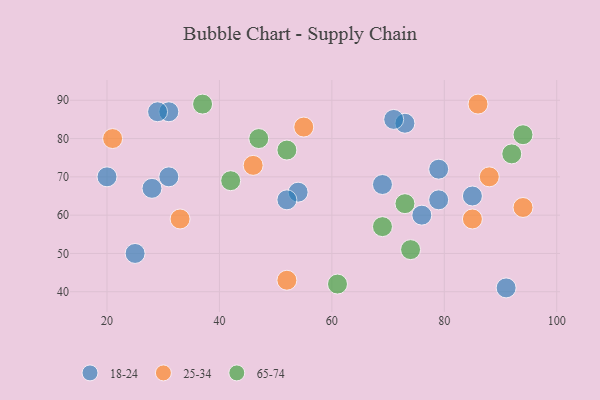
{"axis": {"x": "GDP", "y": "Life Expectancy"}, "legend": ["18-24", "25-34", "65-74"], "data": [{"x": "73", "y": 84, "type": "18-24"}, {"x": "25", "y": 50, "type": "18-24"}, {"x": "79", "y": 72, "type": "18-24"}, {"x": "76", "y": 60, "type": "18-24"}, {"x": "28", "y": 67, "type": "18-24"}, {"x": "79", "y": 64, "type": "18-24"}, {"x": "31", "y": 70, "type": "18-24"}, {"x": "31", "y": 87, "type": "18-24"}, {"x": "54", "y": 66, "type": "18-24"}, {"x": "29", "y": 87, "type": "18-24"}, {"x": "85", "y": 65, "type": "18-24"}, {"x": "69", "y": 68, "type": "18-24"}, {"x": "20", "y": 70, "type": "18-24"}, {"x": "52", "y": 64, "type": "18-24"}, {"x": "71", "y": 85, "type": "18-24"}, {"x": "91", "y": 41, "type": "18-24"}, {"x": "86", "y": 89, "type": "25-34"}, {"x": "21", "y": 80, "type": "25-34"}, {"x": "94", "y": 62, "type": "25-34"}, {"x": "46", "y": 73, "type": "25-34"}, {"x": "33", "y": 59, "type": "25-34"}, {"x": "52", "y": 43, "type": "25-34"}, {"x": "85", "y": 59, "type": "25-34"}, {"x": "88", "y": 70, "type": "25-34"}, {"x": "55", "y": 83, "type": "25-34"}, {"x": "69", "y": 57, "type": "65-74"}, {"x": "52", "y": 77, "type": "65-74"}, {"x": "73", "y": 63, "type": "65-74"}, {"x": "94", "y": 81, "type": "65-74"}, {"x": "61", "y": 42, "type": "65-74"}, {"x": "37", "y": 89, "type": "65-74"}, {"x": "92", "y": 76, "type": "65-74"}, {"x": "42", "y": 69, "type": "65-74"}, {"x": "74", "y": 51, "type": "65-74"}, {"x": "47", "y": 80, "type": "65-74"}]}